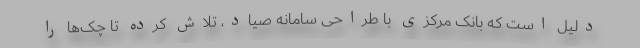
دلیل است که بانک مرکزی با طراحی سامانه صیاد، تلاش کرده تا چک‌ها را